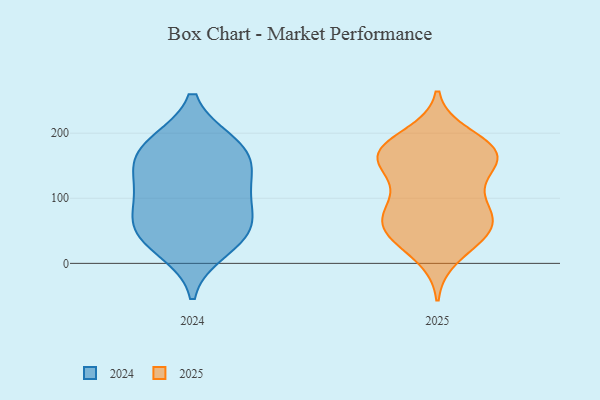
{"axis": {"x": "Customer Acquisition Cost (USD)", "y": "Value"}, "legend": ["2024", "2025"], "data": [{"x": "", "y": 156, "type": "2025"}, {"x": "", "y": 85, "type": "2025"}, {"x": "", "y": 158, "type": "2025"}, {"x": "", "y": 57, "type": "2025"}, {"x": "", "y": 165, "type": "2025"}, {"x": "", "y": 181, "type": "2025"}, {"x": "", "y": 171, "type": "2025"}, {"x": "", "y": 118, "type": "2025"}, {"x": "", "y": 162, "type": "2025"}, {"x": "", "y": 63, "type": "2025"}, {"x": "", "y": 11, "type": "2025"}, {"x": "", "y": 82, "type": "2025"}, {"x": "", "y": 101, "type": "2025"}, {"x": "", "y": 175, "type": "2025"}, {"x": "", "y": 52, "type": "2025"}, {"x": "", "y": 159, "type": "2025"}, {"x": "", "y": 34, "type": "2025"}, {"x": "", "y": 61, "type": "2025"}, {"x": "", "y": 196, "type": "2025"}, {"x": "", "y": 47, "type": "2025"}, {"x": "", "y": 50, "type": "2024"}, {"x": "", "y": 183, "type": "2024"}, {"x": "", "y": 22, "type": "2024"}, {"x": "", "y": 129, "type": "2024"}, {"x": "", "y": 93, "type": "2024"}, {"x": "", "y": 50, "type": "2024"}, {"x": "", "y": 169, "type": "2024"}, {"x": "", "y": 181, "type": "2024"}, {"x": "", "y": 102, "type": "2024"}, {"x": "", "y": 52, "type": "2024"}, {"x": "", "y": 148, "type": "2024"}]}